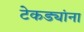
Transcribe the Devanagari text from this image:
टेकड्यांना